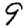
Digit: 9